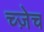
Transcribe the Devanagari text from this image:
च्ज़ेच